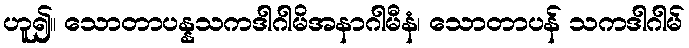
ဟူ၍။ သောတာပန္နသကဒါဂါမိအနာဂါမီနံ၊ သောတာပန် သကဒါဂါမ်